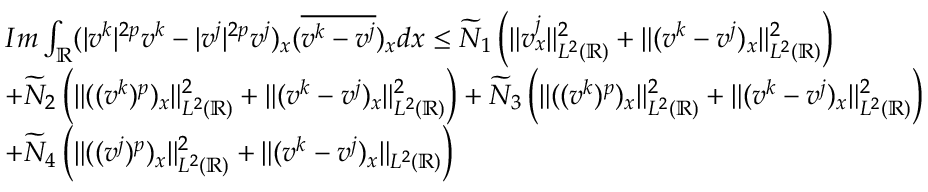
\begin{array} { r l } & { I m \int _ { \mathbb { R } } ( | v ^ { k } | ^ { 2 p } v ^ { k } - | v ^ { j } | ^ { 2 p } v ^ { j } ) _ { x } ( \overline { { v ^ { k } - v ^ { j } } } ) _ { x } d x \leq \widetilde { N } _ { 1 } \left( \| v _ { x } ^ { j } \| _ { L ^ { 2 } ( \mathbb { R } ) } ^ { 2 } + \| ( v ^ { k } - v ^ { j } ) _ { x } \| _ { L ^ { 2 } ( \mathbb { R } ) } ^ { 2 } \right) } \\ & { + \widetilde { N } _ { 2 } \left( \| ( ( v ^ { k } ) ^ { p } ) _ { x } \| _ { L ^ { 2 } ( \mathbb { R } ) } ^ { 2 } + \| ( v ^ { k } - v ^ { j } ) _ { x } \| _ { L ^ { 2 } ( \mathbb { R } ) } ^ { 2 } \right) + \widetilde { N } _ { 3 } \left( \| ( ( v ^ { k } ) ^ { p } ) _ { x } \| _ { L ^ { 2 } ( \mathbb { R } ) } ^ { 2 } + \| ( v ^ { k } - v ^ { j } ) _ { x } \| _ { L ^ { 2 } ( \mathbb { R } ) } ^ { 2 } \right) } \\ & { + \widetilde { N } _ { 4 } \left( \| ( ( v ^ { j } ) ^ { p } ) _ { x } \| _ { L ^ { 2 } ( \mathbb { R } ) } ^ { 2 } + \| ( v ^ { k } - v ^ { j } ) _ { x } \| _ { L ^ { 2 } ( \mathbb { R } ) } \right) } \end{array}